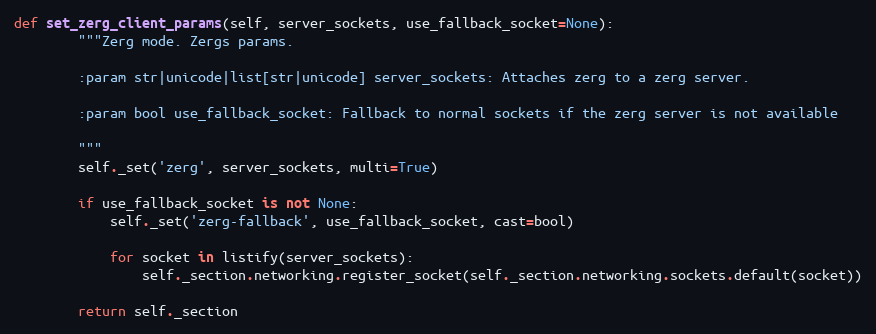
Language: Python
def set_zerg_client_params(self, server_sockets, use_fallback_socket=None):
        """Zerg mode. Zergs params.

        :param str|unicode|list[str|unicode] server_sockets: Attaches zerg to a zerg server.

        :param bool use_fallback_socket: Fallback to normal sockets if the zerg server is not available

        """
        self._set('zerg', server_sockets, multi=True)

        if use_fallback_socket is not None:
            self._set('zerg-fallback', use_fallback_socket, cast=bool)

            for socket in listify(server_sockets):
                self._section.networking.register_socket(self._section.networking.sockets.default(socket))

        return self._section